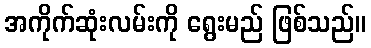
အကိုက်ဆုံးလမ်းကို ရွေးမည် ဖြစ်သည်။